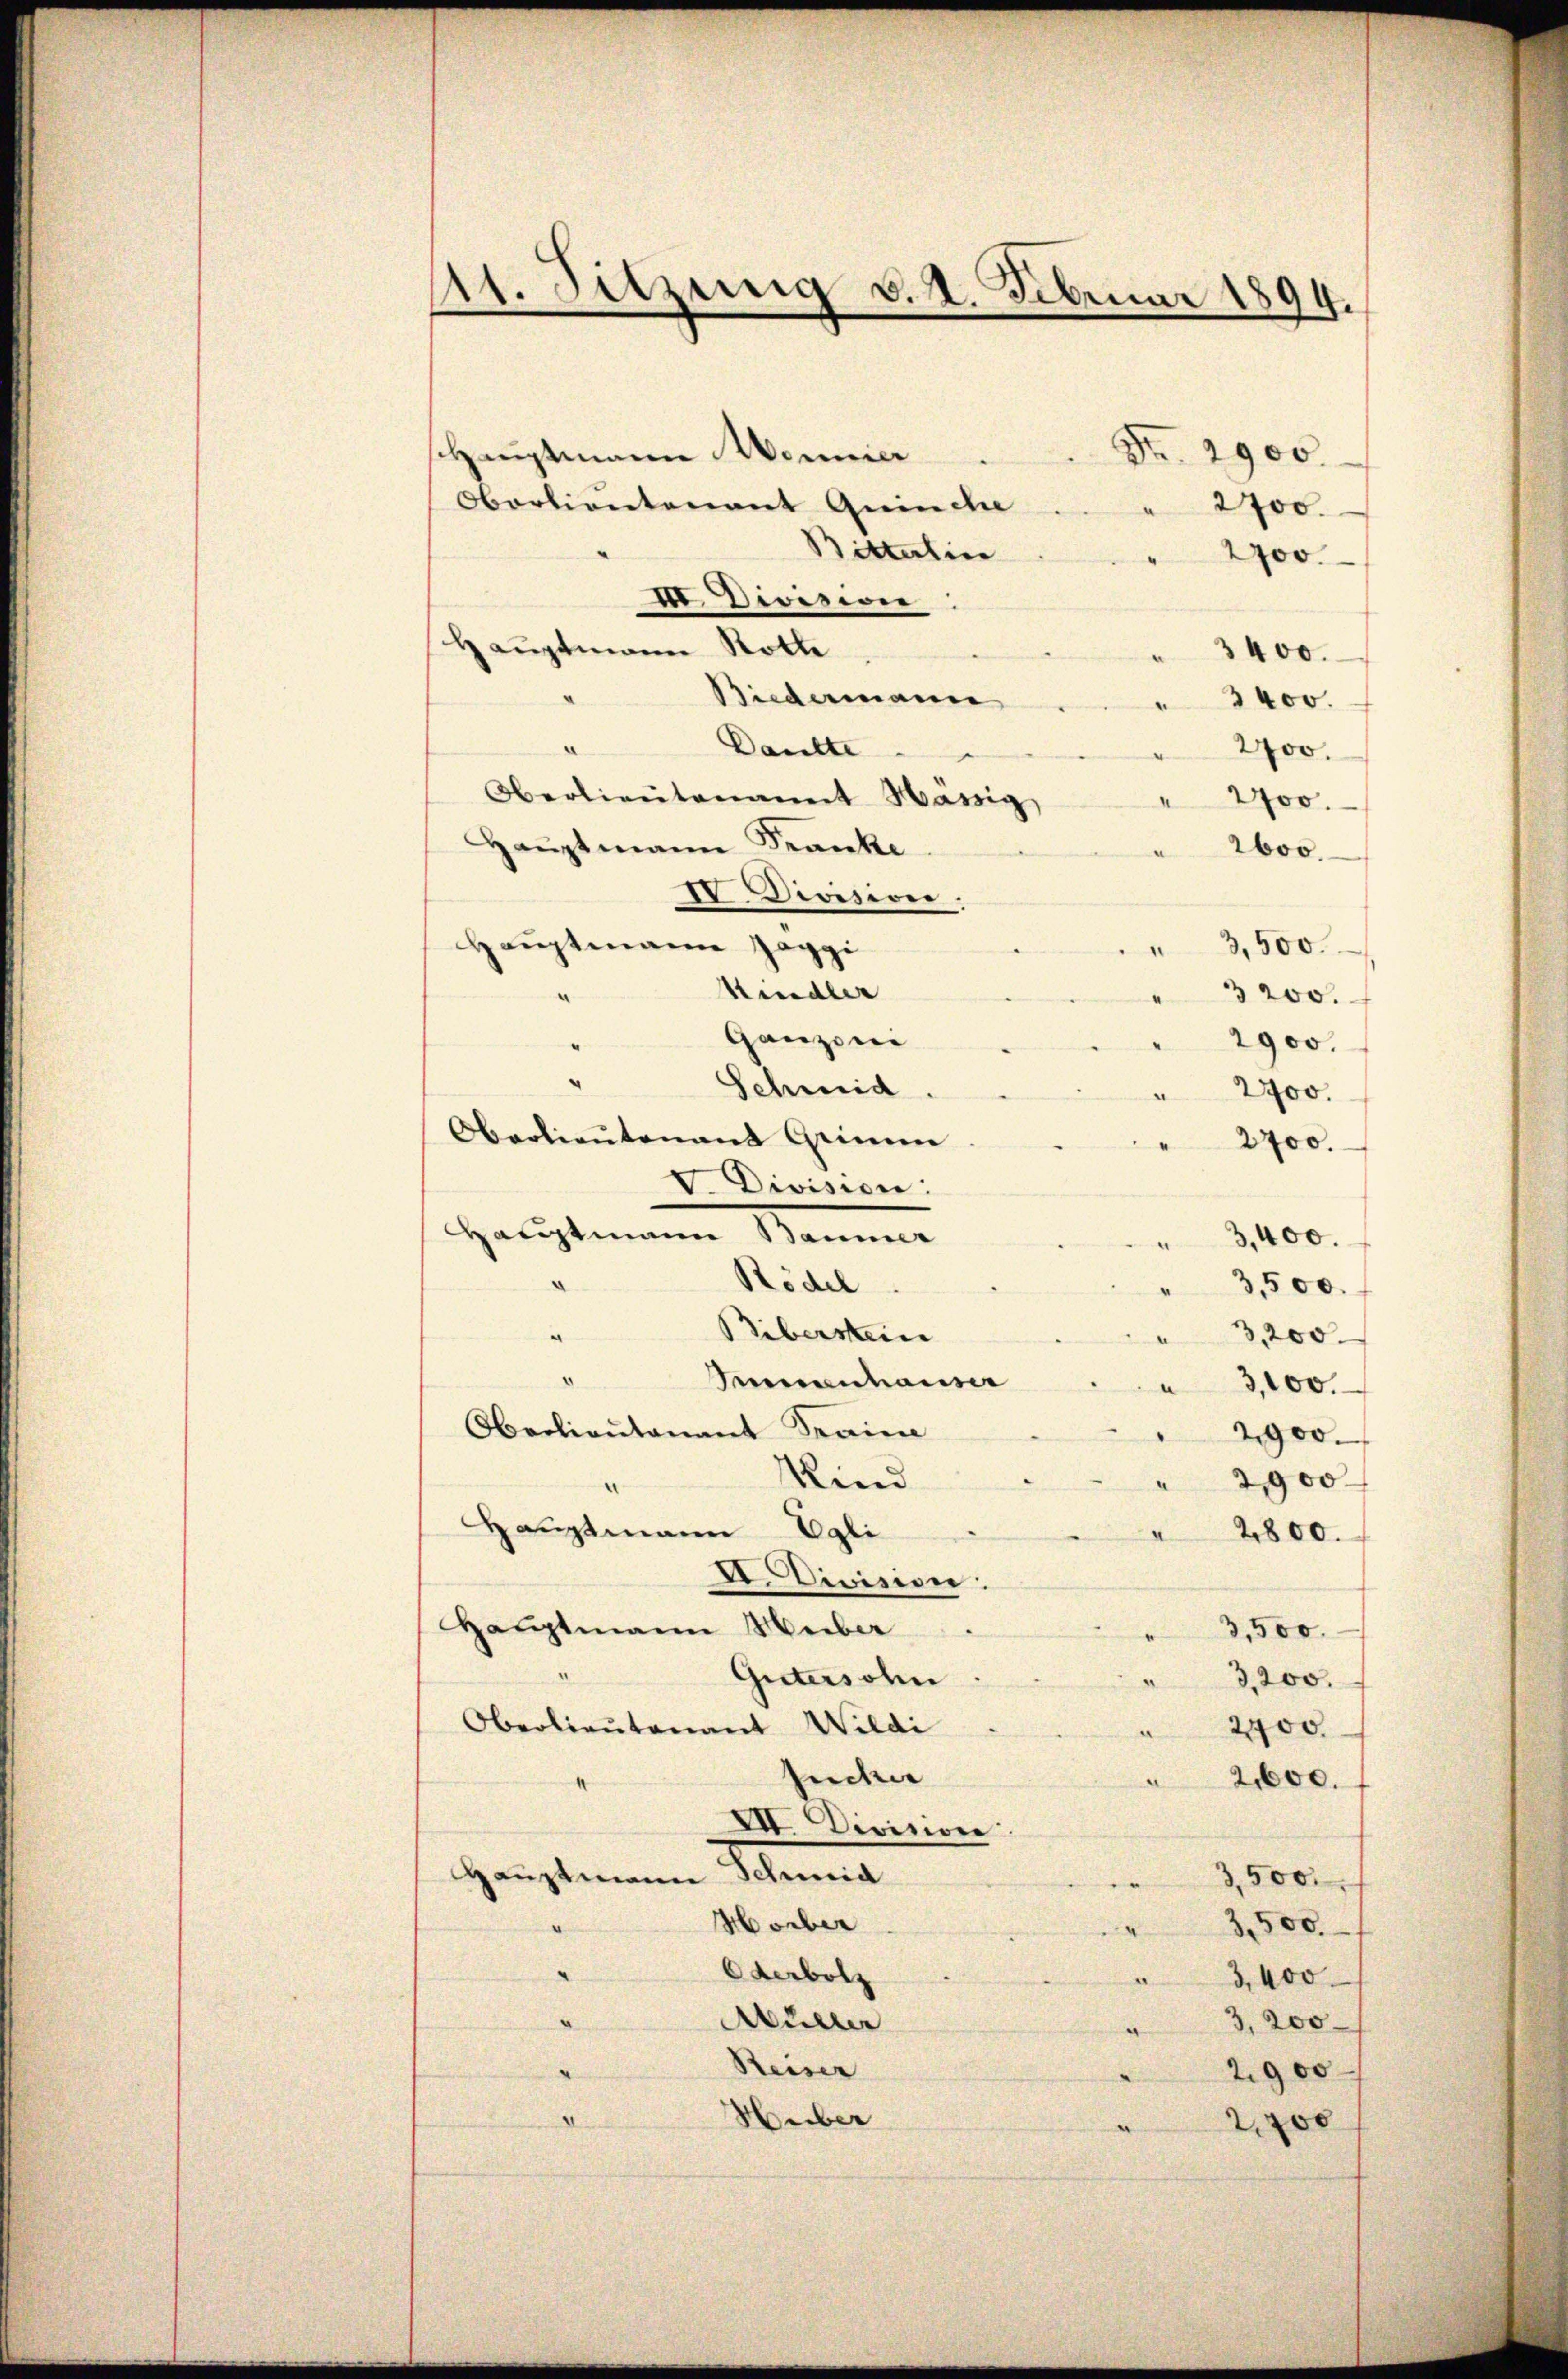
11. Sitzung v. 2. Februar 1894.

Hauptmann Donner
2900
Oerlieutenant Quinche
2700.
Bitterlin
2700.
III. Divisiver
Hauptmann Rotte
3400.
Biedermanne
" 3400.
Daulte
a
2700.
Oberlieutenant Mässig,
" 2700.
Hauptmann Franke
2600.
IV. Divisiver
Hauptmann Haggi
" 3,500.
Kindler
3200.
e
Ganzoni
2900.
.
Schmid
2700.
Oberlieŭtenant Grimen
2700.
V. Division:
Hauptmann Baumer
3,400.
Rödel.
.
3,500.
Bibersten
a
3,200
.
Seeenhauser
3,100.
Oberlieŭtenant Fraine
2900.
Kind
2900
Hauptmann Egli
2800.
I. Division:
Hauptmann Heiber
3,500.
Gütersohn
3,200.
Oberlieutenant Wildi
2700
sucher
2,600.
VII. Division
Hauptmann Schenen
3,500.
Horber
2,500.
Oderbotz
3,400
5
Müller
3,200
Reiser
.
2900
Huber

s